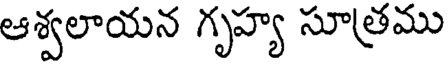
ఆశ్వలాయన గృహ్య సూత్రము